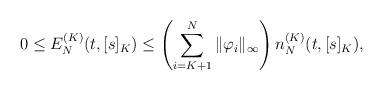
LaTeX: \begin{align*} 0\leq E_N^{(K)}(t,[s]_K) \leq \left( \sum_{i=K+1}^N \| \varphi_i \|_\infty \right) n_N^{(K)}(t,[s]_K),\end{align*}